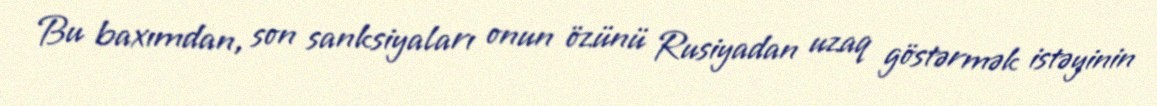
Bu baxımdan, son sanksiyaları onun özünü Rusiyadan uzaq göstərmək istəyinin